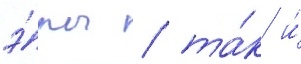
э́ры / та́к и́